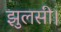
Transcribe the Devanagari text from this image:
झुलसी।